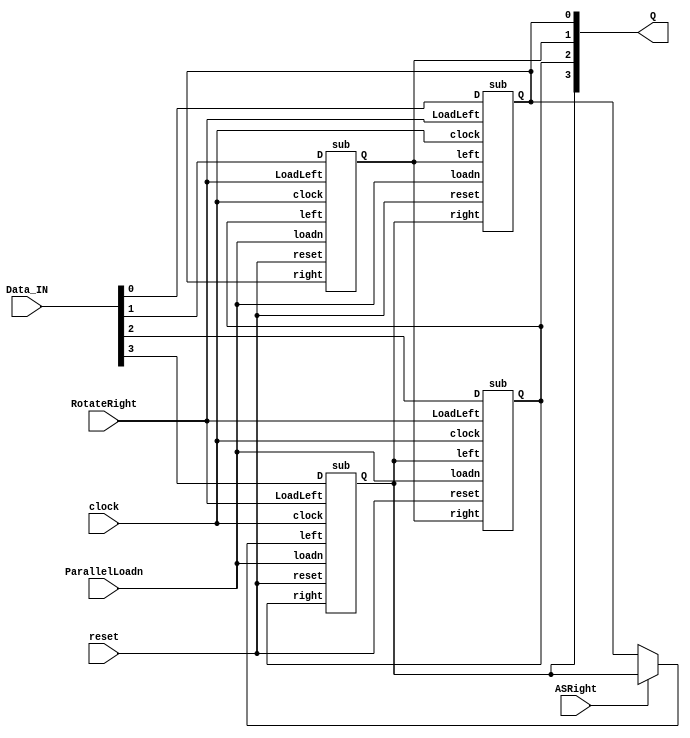
`timescale 1ns / 1ns

module part3(clock, reset, ParallelLoadn, RotateRight, ASRight, Data_IN, Q);
  input clock, reset, ParallelLoadn, RotateRight, ASRight;
  input [3:0] Data_IN;
  output [3:0] Q;

  sub S3 (ASRight ? Q[3] : Q[0], Q[2], RotateRight, Data_IN[3], ParallelLoadn, clock, reset, Q[3]);
  sub S2 (Q[3], Q[1], RotateRight, Data_IN[2], ParallelLoadn, clock, reset, Q[2]);
  sub S1 (Q[2], Q[0], RotateRight, Data_IN[1], ParallelLoadn, clock, reset, Q[1]);
  sub S0 (Q[1], Q[3], RotateRight, Data_IN[0], ParallelLoadn, clock, reset, Q[0]);
endmodule


module sub(left, right, LoadLeft, D, loadn, clock, reset, Q);
  input left, right, LoadLeft, D, loadn, clock, reset;
  output reg Q;

  always @(posedge clock) 
  begin
    if (reset)
      Q <= 0;
    else
    begin
      if (loadn) 
      begin
        if (LoadLeft)
          Q <= left;
        else
          Q <= right;
      end
      else 
        Q <= D;
    end
  end
endmodule